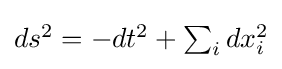
{\textstyle ds^{2}=-dt^{2}+\sum _{i}dx_{i}^{2}}